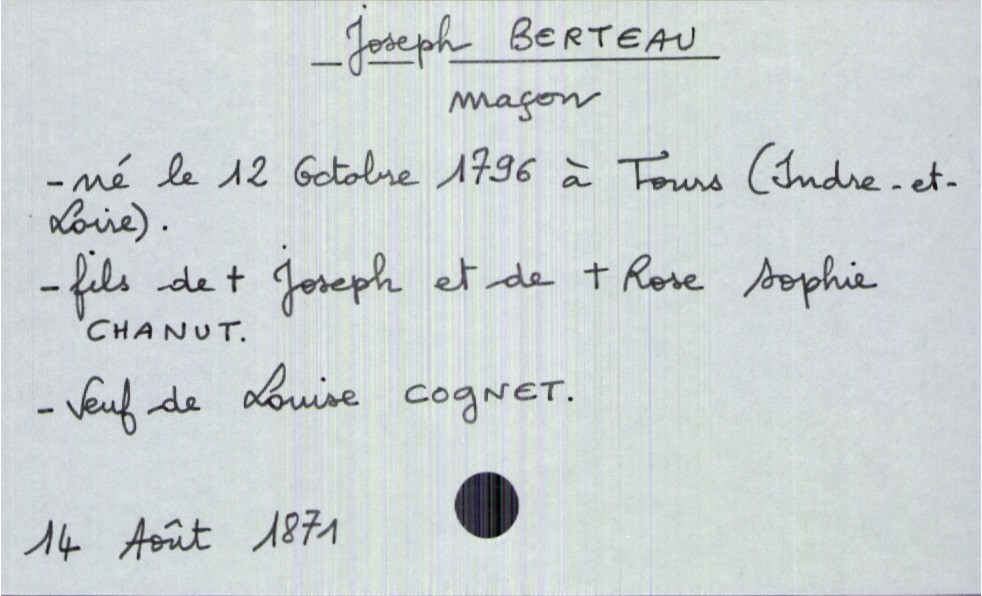
type_acte: Décès
année: 1871
mois: août
jour: 14
défunt_nom: Berteau
défunt_prénom: Joseph
défunt_sexe: H
défunt_profession: maçon
défunt_date_de_naissance: 12 octobre 1796
défunt_lieu_de_naissance: Tours (Indre-et-Loire)
défunt_statut: veuf(ve)
père_défunt_nom: Berteau
père_défunt_prénom: Joseph
père_défunt_statut: décédé
mère_défunt_nom: Chanut
mère_défunt_prénom: Rose Sophie
mère_défunt_statut: décédée